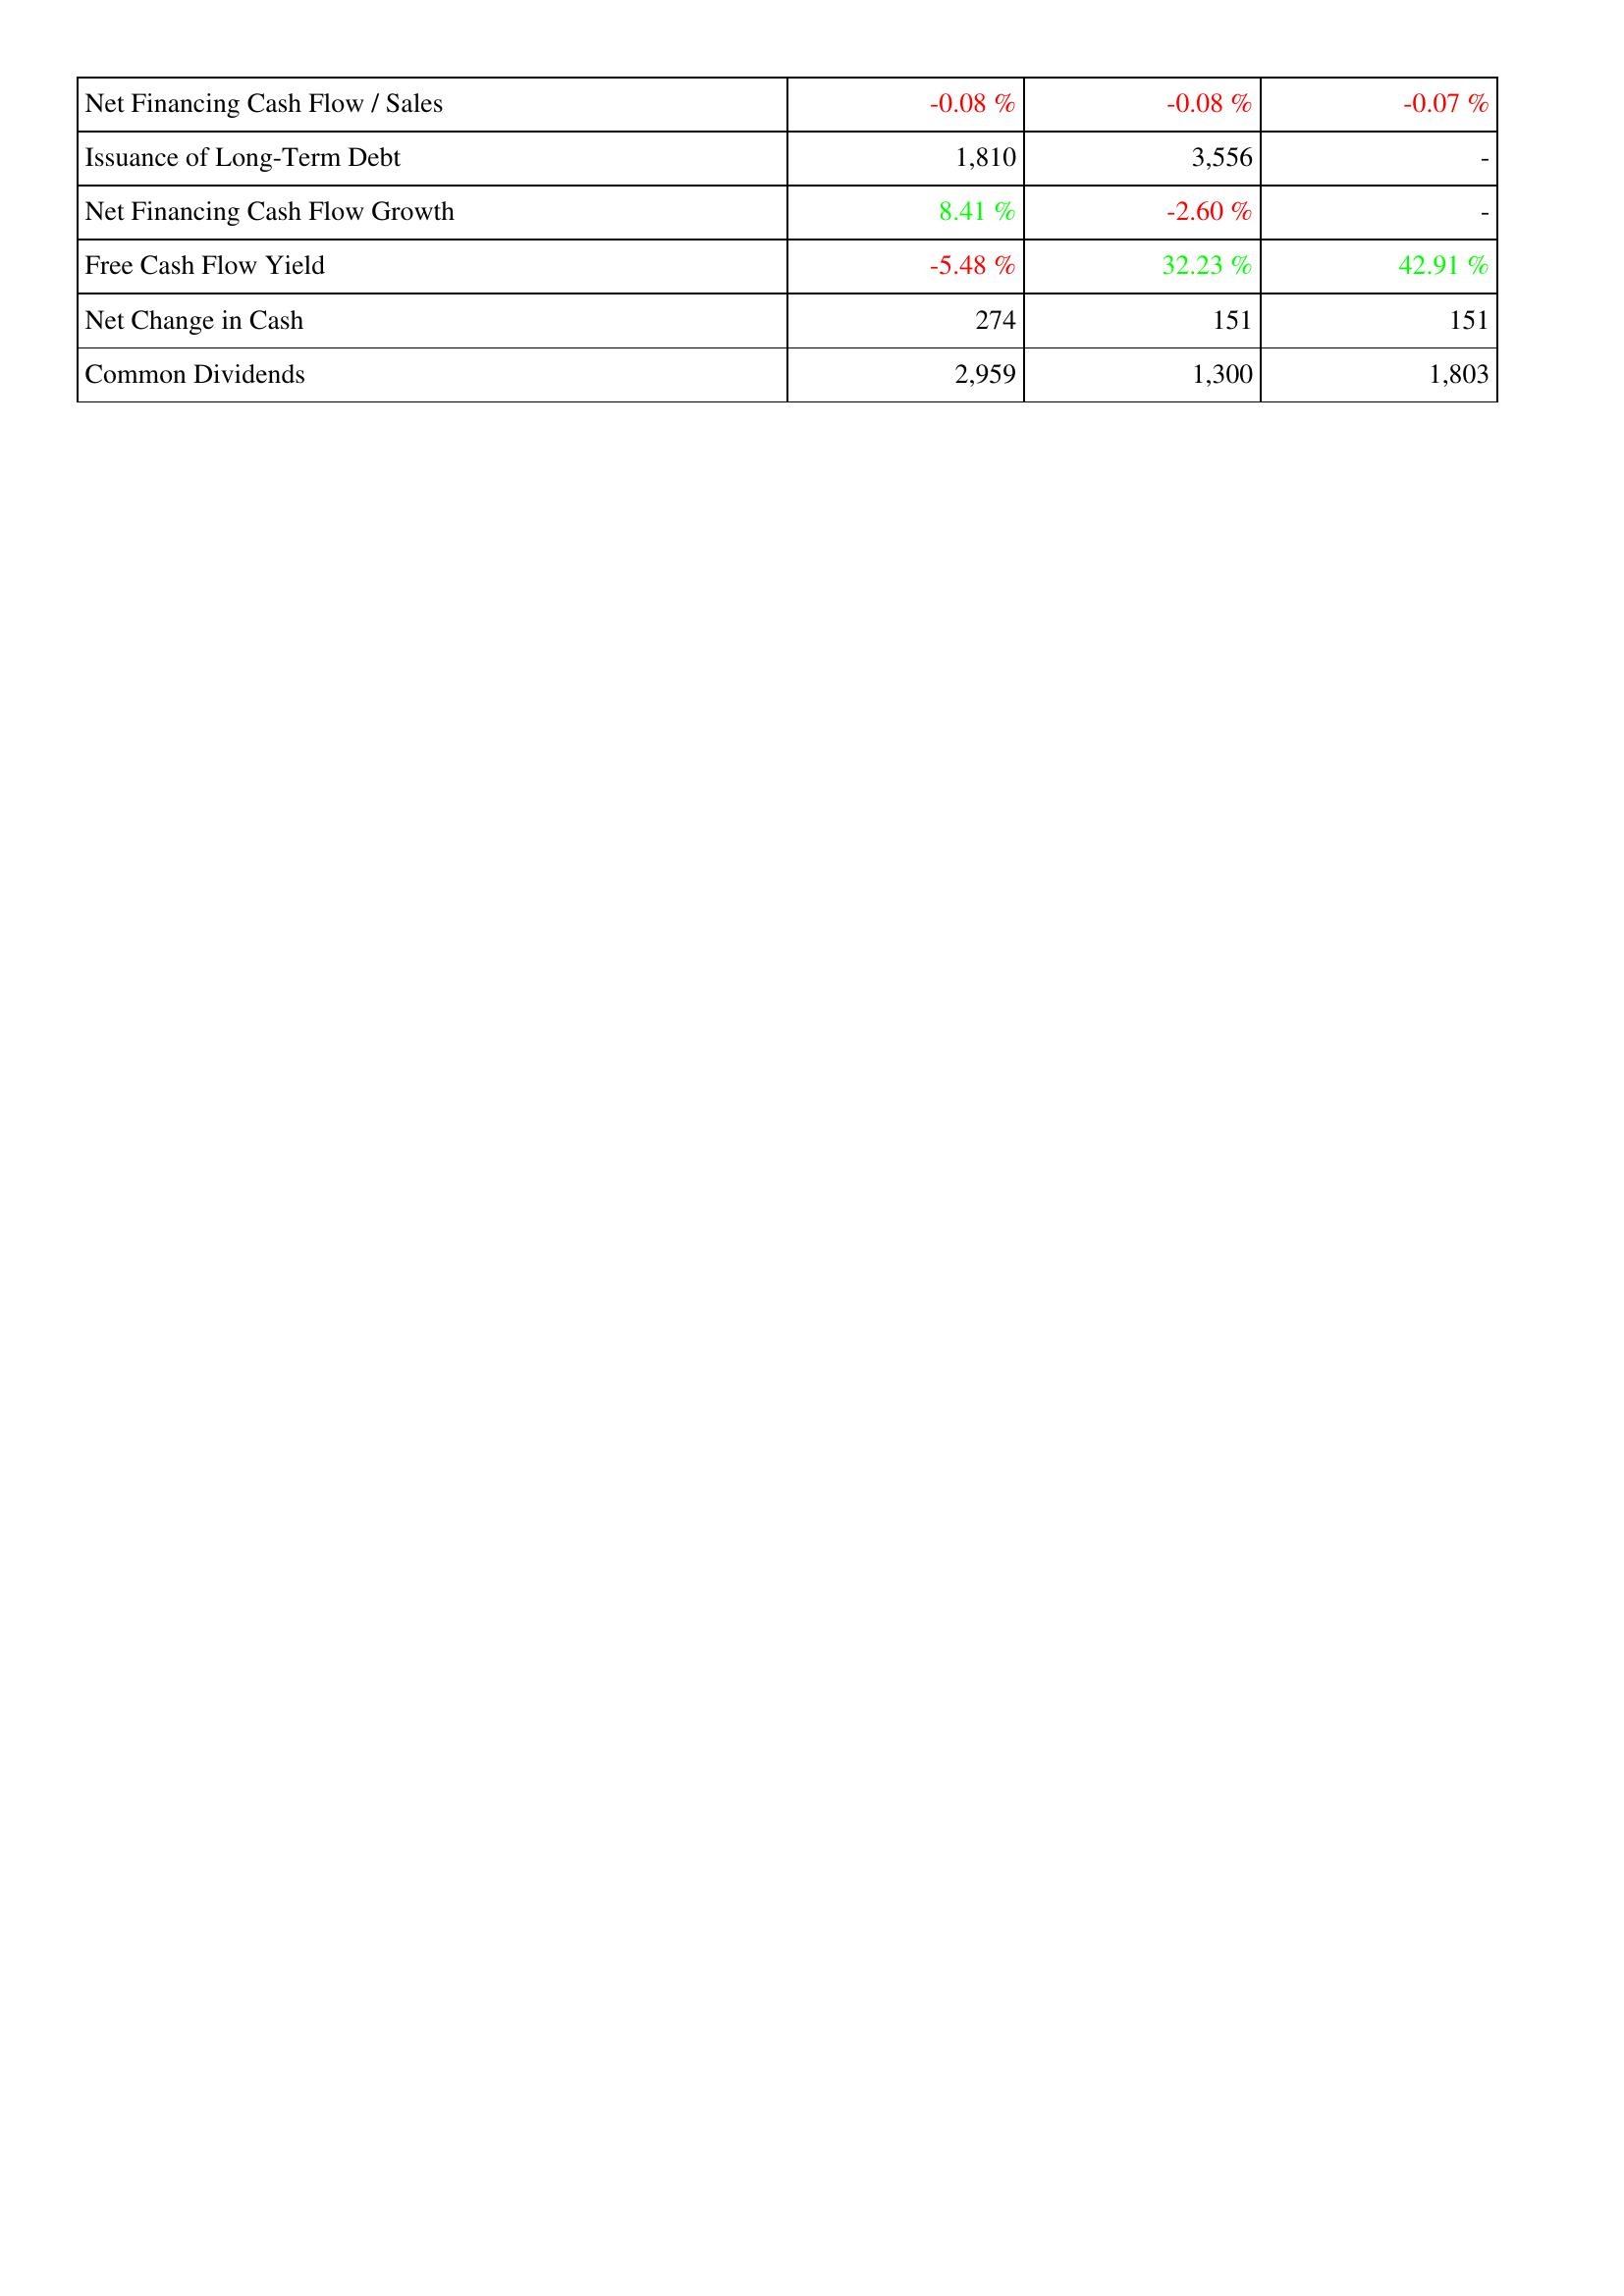
2005: Financing Activities: Net Financing Cash Flow / Sales: -0.08 %
Issuance of Long-Term Debt: 1,810
Net Financing Cash Flow Growth: 8.41 %
Free Cash Flow Yield: -5.48 %
Net Change in Cash: 274
Common Dividends: 2,959
2006: Financing Activities: Net Financing Cash Flow / Sales: -0.08 %
Issuance of Long-Term Debt: 3,556
Net Financing Cash Flow Growth: -2.60 %
Free Cash Flow Yield: 32.23 %
Net Change in Cash: 151
Common Dividends: 1,300
2007: Financing Activities: Net Financing Cash Flow / Sales: -0.07 %
Issuance of Long-Term Debt: -
Net Financing Cash Flow Growth: -
Free Cash Flow Yield: 42.91 %
Net Change in Cash: 151
Common Dividends: 1,803